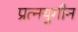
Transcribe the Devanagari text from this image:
प्रत्नयुगीन